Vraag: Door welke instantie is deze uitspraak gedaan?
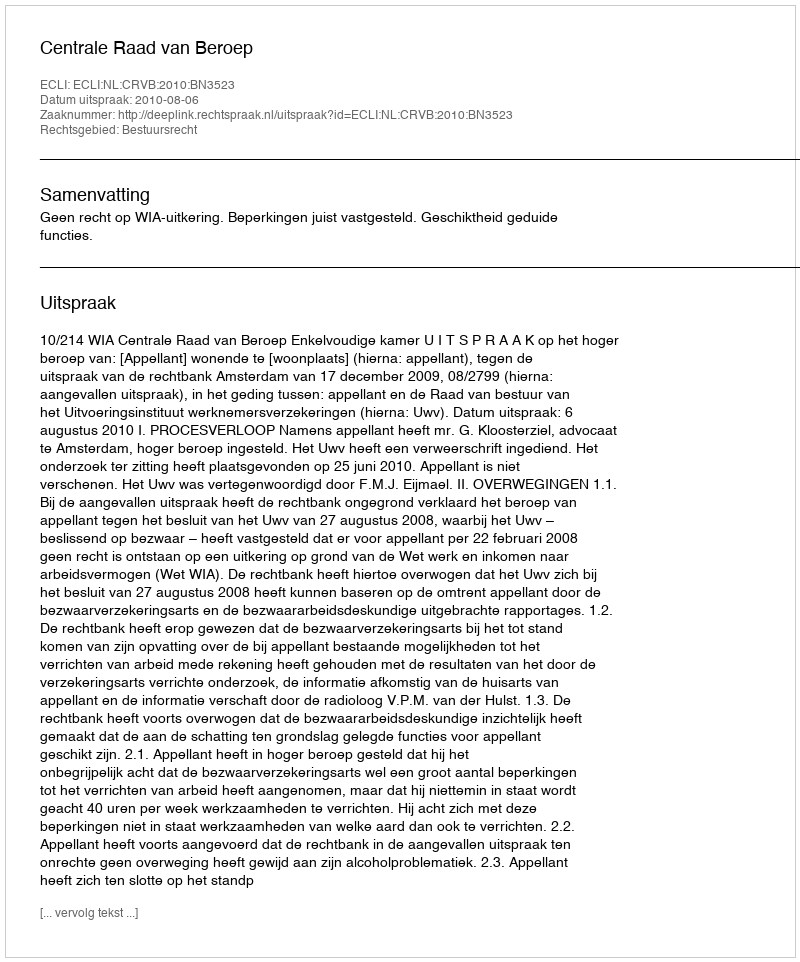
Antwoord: Centrale Raad van Beroep